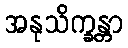
အနုသိက္ခန္တာ